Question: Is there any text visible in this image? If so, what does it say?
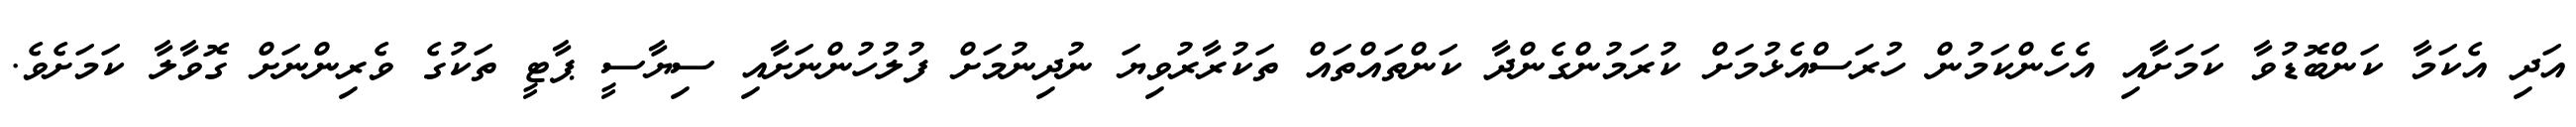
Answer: އަދި އެކަމާ ކަންބޮޑުވާ ކަމަށާއި އެހެންކަމުން ހުރަސްއެޅުމަށް ކުރަމުންގެންދާ ކަންތައްތައް ތަކުރާރުވިޔަ ނުދިނުމަށް ފުލުހުންނަށާއި ސިޔާސީ ޕާޓީ ތަކުގެ ވެރިންނަށް ގޮވާލާ ކަމަށެވެ.